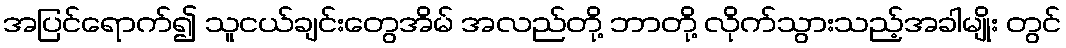
အပြင်ရောက်၍ သူငယ်ချင်းတွေအိမ် အလည်တို့ ဘာတို့ လိုက်သွားသည့်အခါမျိုး တွင်